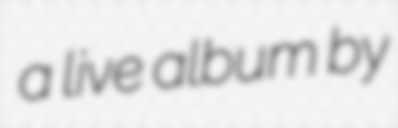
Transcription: a live album by